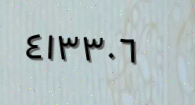
٤١٣٣٠٦